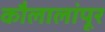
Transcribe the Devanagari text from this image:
कौलालांपूर